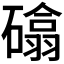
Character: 𮁈